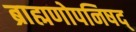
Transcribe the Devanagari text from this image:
ब्राह्मणोपनिषद्